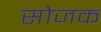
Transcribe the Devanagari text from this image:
सोजक